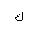
Letter: _kaf